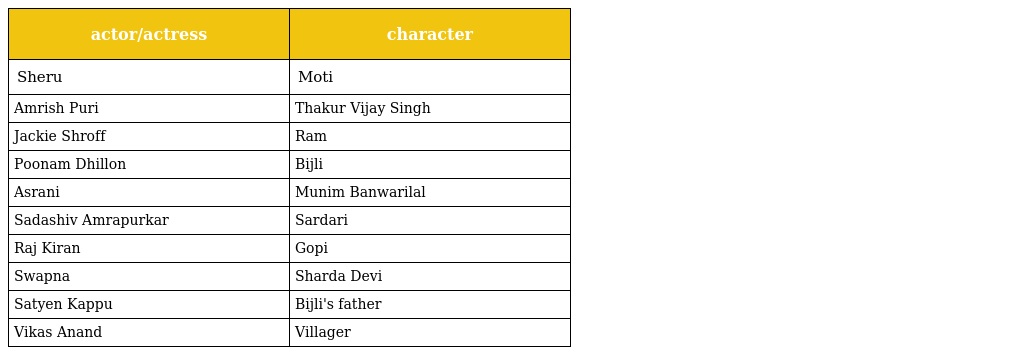
| actor/actress | character |
 | --- | --- |
 | Sheru | Moti |
 | Amrish Puri | Thakur Vijay Singh |
 | Jackie Shroff | Ram |
 | Poonam Dhillon | Bijli |
 | Asrani | Munim Banwarilal |
 | Sadashiv Amrapurkar | Sardari |
 | Raj Kiran | Gopi |
 | Swapna | Sharda Devi |
 | Satyen Kappu | Bijli's father |
 | Vikas Anand | Villager |